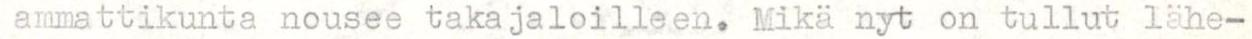
ammattikunta nousee takajaloilleen. Mikä nyt on tullut lähe-